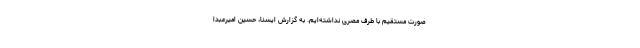
صورت مستقیم با طرف مصری نداشته‌ایم. به گزارش ایسنا، حسین امیرعبدا